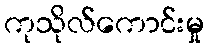
ကုသိုလ်ကောင်းမှု